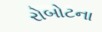
રોબોટના